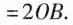
= 2 OB$$.